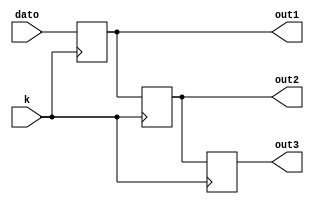
`timescale 1ns / 1ps

module almacenador(k,dato,out1,out2,out3);
input k;
input [3:0] dato;
output reg [3:0] out1, out2, out3;


initial begin
	out1<=0;
	out2<=0;
	out3<=0;
end 

always @(negedge k)begin	
		out3=out2;
		out2=out1;
		out1=dato;
end		
endmodule